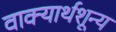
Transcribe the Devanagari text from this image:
वाक्यार्थशून्य